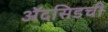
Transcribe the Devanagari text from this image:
ॲदसिडची